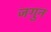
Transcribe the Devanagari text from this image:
जगुन